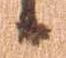
候